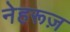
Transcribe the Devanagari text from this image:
नेहरूज़